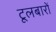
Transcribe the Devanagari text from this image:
टूलबारों